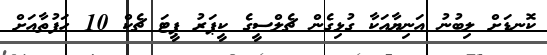
ކޮނޑަށް ލިބުނު އަނިޔާއަކާ ގުޅިގެން ޗެލްސީގެ ކީޕަރު ޕީޓަ ޗެކް 10 ހަފުތާއަށް